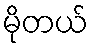
မိုတယ်